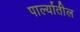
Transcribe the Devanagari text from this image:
पार्ल्यातील